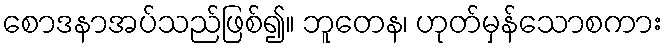
စောဒနာအပ်သည်ဖြစ်၍။ ဘူတေန၊ ဟုတ်မှန်သောစကား